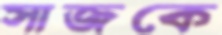
সাজকে